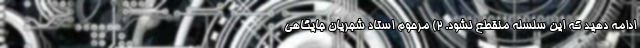
ادامه دهید که این سلسله منقطع نشود. ۲) مرحوم استاد شجریان جایگاهی